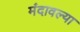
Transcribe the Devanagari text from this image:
मंदावल्या